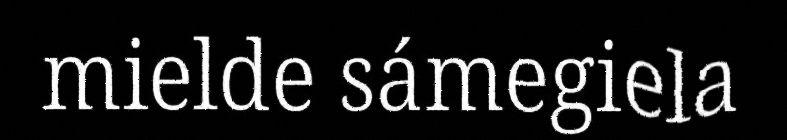
mielde sámegiela